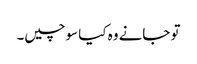
تو جانے وہ کیا سوچیں۔